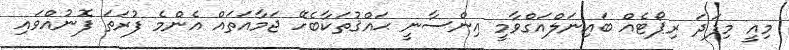
މިއީ މިފަދަ ރިޕޯޓެއް ބައިނަލްއަގްވާމީ އިންސާނީ ޙައްޤުތަކާބެހޭ ޖަމާއަތައް އެންމެ ފުރަތަ ފޮނުއްވައި